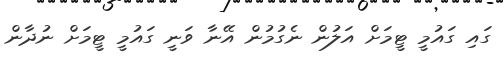
ގައި ގައުމީ ޓީމަށް އަލުން ނެގުމުން އޭނާ ވަނީ ގައުމީ ޓީމަށް ނުދާން